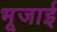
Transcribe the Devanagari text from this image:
भूजाई